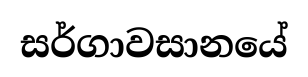
සර්ගාවසානයේ